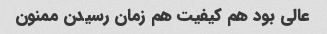
عالی بود هم کیفیت هم زمان رسیدن ممنون